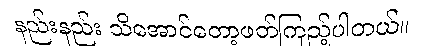
နည်းနည်း သိအောင်တော့ဖတ်ကြည့်ပါတယ်။